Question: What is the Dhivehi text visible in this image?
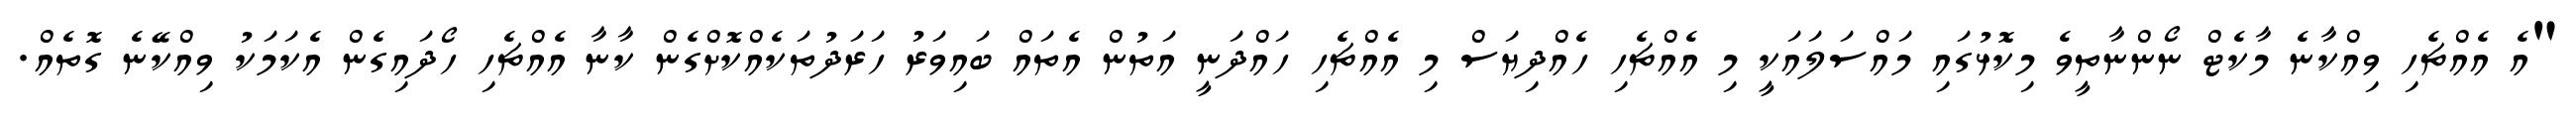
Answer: "އެ އެއްޗެހި ވިއްކާނެ މާކެޓް ނޯންނާތީވެ މިކޮޅުގައި މައްސަލައަކީ މި އެއްޗެހި ހެއްދިޔަސް މި އެއްޗެހި ހައްދަނީ އަތުން އެތައް ބައިވަރު ހަރަދުތަކެއްކޮށްގެން ކާނާ އެއްޗެހި ހޯދައިގެން އެކަމަކު ވިއްކޭނެ ގޮތެއް.